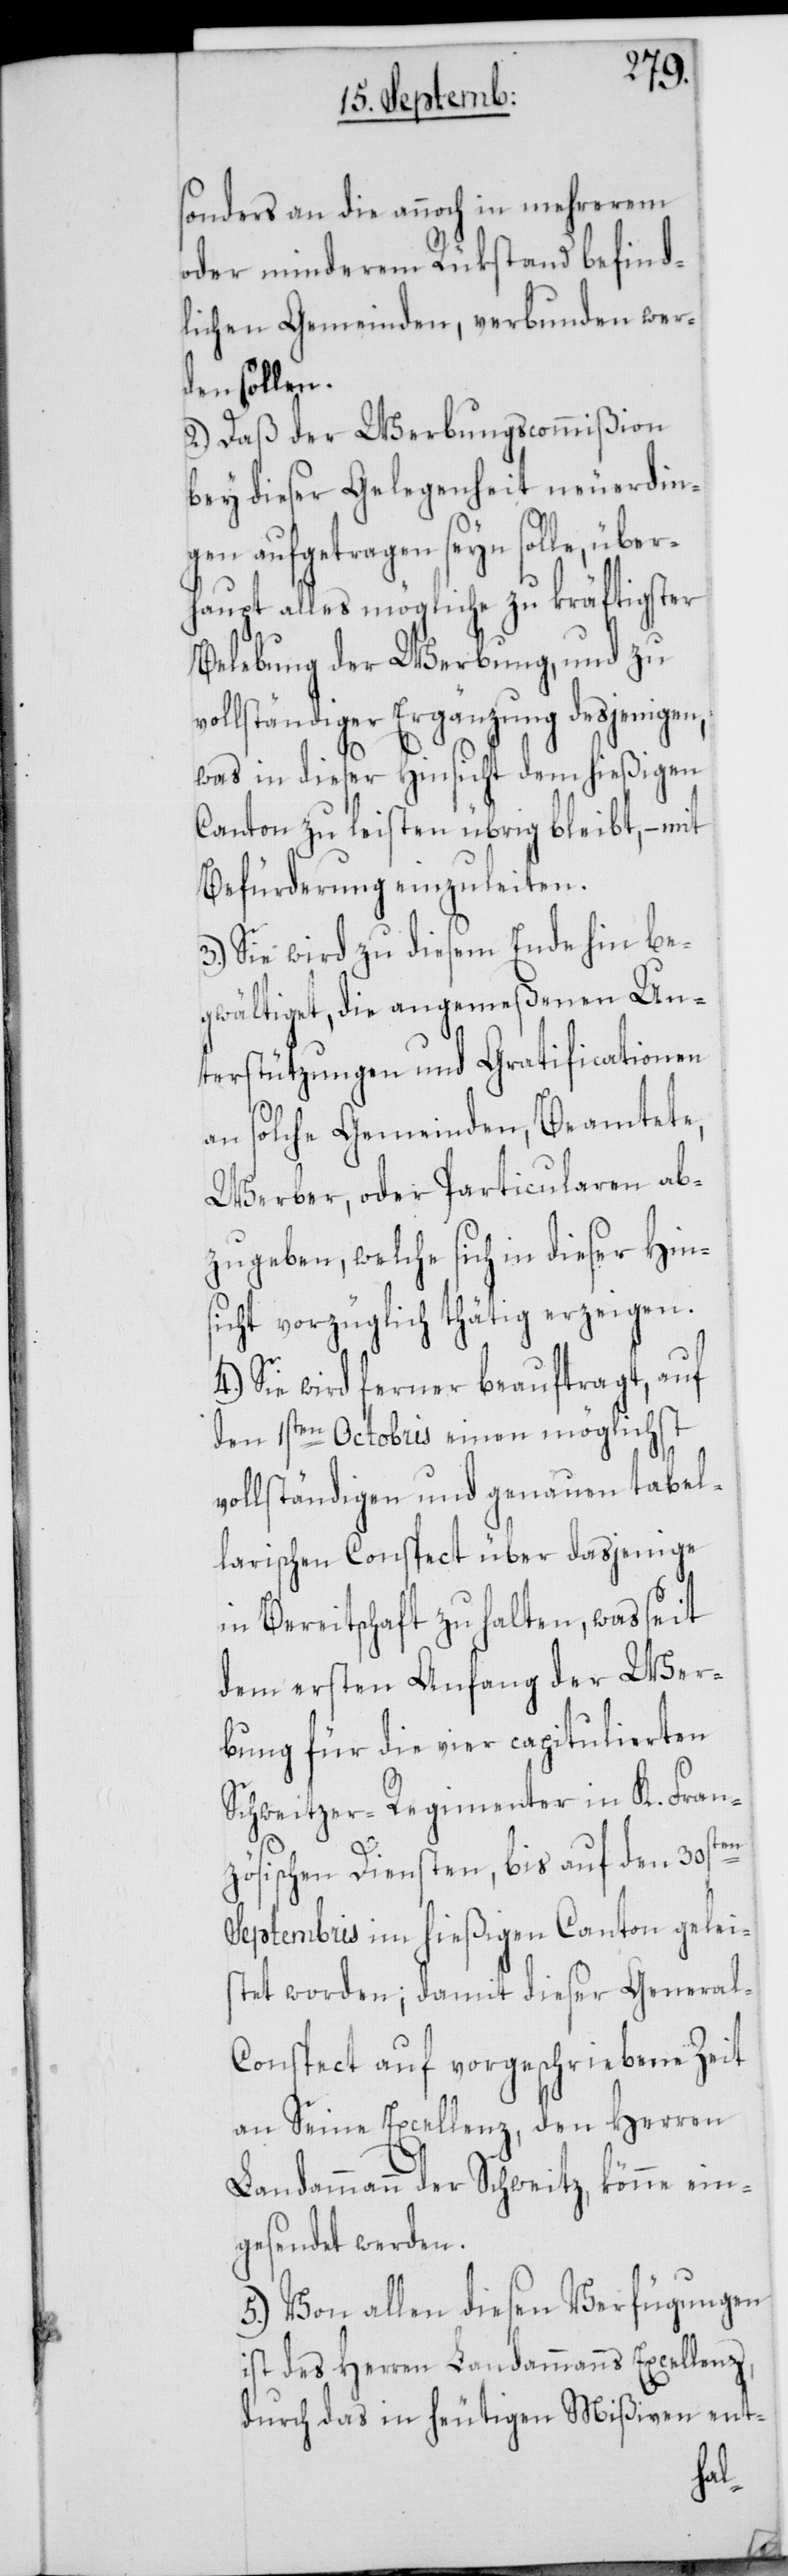
sonders an die annoch in mehrerem
oder minderem Rükstand befind¬
lichen Gemeinden, verbunden wer¬
den sollen.
2.) Daß der Werbungscommißion
bey dieser Gelegenheit neuerdin¬
gen aufgetragen seyn solle, über¬
haupt alles mögliche zu kräftigster
Belebung der Werbung, und zu
vollständiger Ergänzung desjenigen,
was in dieser Hinsicht dem hießigen
Canton zu leisten übrig bleibt, – mit
Befürderung einzuleiten.
3.) Sie wird zu diesem Ende hin be¬
gwältiget, die angemeßenen Un¬
terstützungen und Gratificationen
an solche Gemeinden, Beamtete,
Werber, oder Particularen ab¬
zugeben, welche sich in dieser Hins¬
icht vorzüglich thätig erzeigen.
Sie wird ferner beauftragt, auf
den 1sten Octobris einen möglichst
vollständigen und genauen tabel¬
larischen Conspect über dasjenige
in Bereitschaft zu halten, was seit
dem ersten Anfang der Wer¬
bung für die vier capitulierten
Schweitzer-Regimenter in K. Fran¬
ten
zösischen Diensten, bis auf den 30s¬
Septembris im hießigen Canton gelei¬
stet worden; damit dieser General-C¬
onspect auf vorgeschriebene Zeit
an Seine Excellenz, den Herren
Landammann der Schweitz, könne ein¬
gesendet werden.
5.) Von allen diesen Verfügungen
ist des Herren Landammanns Excellenz,
durch das in heutigen Mißiven ent-